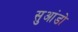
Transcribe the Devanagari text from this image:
सुआंडो